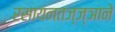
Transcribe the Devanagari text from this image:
रसायनतज्ज्ञाने